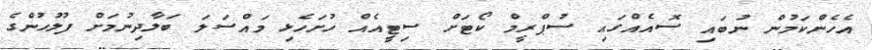
އެހެންކަމުން ނުބައި ސޮއެއްގައި ސުޕްރީމް ކޯޓަށް ސިޓީއެއް ހުށަހެޅި މައްސަލަ ބަލާދިނުމަށް ފުލުހުންގެ